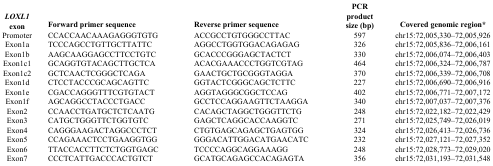
<table><thead><tr><td><b><i>LOXL1</i> exon</b></td><td><b>Forward primer sequence</b></td><td><b>Reverse primer sequence</b></td><td><b>PCR product size (bp)</b></td><td><b>Covered genomic region*</b></td></tr></thead><tbody><tr><td>Promoter</td><td>CCACCAACAAAGAGGGTGTG</td><td>ACCGCCTGTGGGCCTTAC</td><td>597</td><td>chr15:72,005,330–72,005,926</td></tr><tr><td>Exon1a</td><td>TCCCAGCCTGTTGCTTATTC</td><td>AGGCCTGGTGGACAGAGAG</td><td>326</td><td>chr15:72,005,836–72,006,161</td></tr><tr><td>Exon1b</td><td>AAGCAAGGAGCCTTCCTGTC</td><td>GCACCCGGGAGCTACTCT</td><td>330</td><td>chr15:72,006,074–72,006,403</td></tr><tr><td>Exon1c1</td><td>GCAGGTGTACAGCTTGCTCA</td><td>ACACGAAACCCTGGTCGTAG</td><td>464</td><td>chr15:72,006,324–72,006,787</td></tr><tr><td>Exon1c2</td><td>GCTCAACTCGGGCTCAGA</td><td>GAACTGCTGCGGGTAGGA</td><td>370</td><td>chr15:72,006,339–72,006,708</td></tr><tr><td>Exon1d</td><td>CTCCTACCCGCAGCAGTTC</td><td>GGTACTCGGGCAGCTCTTC</td><td>227</td><td>chr15:72,006,690–72,006,916</td></tr><tr><td>Exon1e</td><td>CGACCAGGGTTTCGTGTACT</td><td>AGGTAGGGCGGCTCCAG</td><td>402</td><td>chr15:72,006,771–72,007,172</td></tr><tr><td>Exon1f</td><td>AGCAGGCCTACCCTGACC</td><td>GCCTCCAGGAAGTTCTAAGGA</td><td>340</td><td>chr15:72,007,037–72,007,376</td></tr><tr><td>Exon2</td><td>CCAACCTGATGCTCTCAATG</td><td>CACAGCTAGGCTGGGTTCTG</td><td>248</td><td>chr15:72,022,182–72,022,429</td></tr><tr><td>Exon3</td><td>CATGCTGGGTTCTGGTGTC</td><td>GAGCTCAGGCACCAAGGTC</td><td>271</td><td>chr15:72,025,749–72,026,019</td></tr><tr><td>Exon4</td><td>CAGGGAAGACTAGGCCCTCT</td><td>CTGTGAGCAGAGCTGAGTGG</td><td>324</td><td>chr15:72,026,413–72,026,736</td></tr><tr><td>Exon5</td><td>CCAGAAACTCCTGAAGGTGG</td><td>GGGACATTGGACATGAACATC</td><td>232</td><td>chr15:72,027,121–72,027,352</td></tr><tr><td>Exon6</td><td>TTACCACCTTCTCTGGTGAGC</td><td>TCCCCAGGCAGGAAAGG</td><td>248</td><td>chr15:72,028,773–72,029,020</td></tr><tr><td>Exon7</td><td>CCCTCATTGACCCACTGTCT</td><td>GCATGCAGAGCCACAGAGTA</td><td>356</td><td>chr15:72,031,193–72,031,548</td></tr></tbody></table>